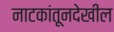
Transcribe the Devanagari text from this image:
नाटकांतूनदेखील